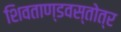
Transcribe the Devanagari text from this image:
शिवताण्डवस्तोत्र